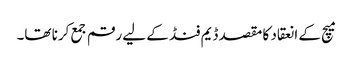
میچ کے انعقاد کا مقصد ڈیم فنڈ کے لیے رقم جمع کرنا تھا۔